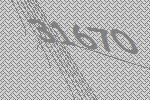
31670